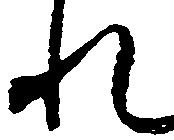
れ